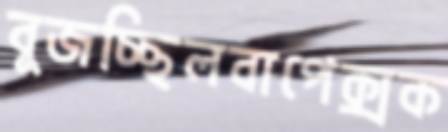
বুজচ্ছিলবাপেক্সক